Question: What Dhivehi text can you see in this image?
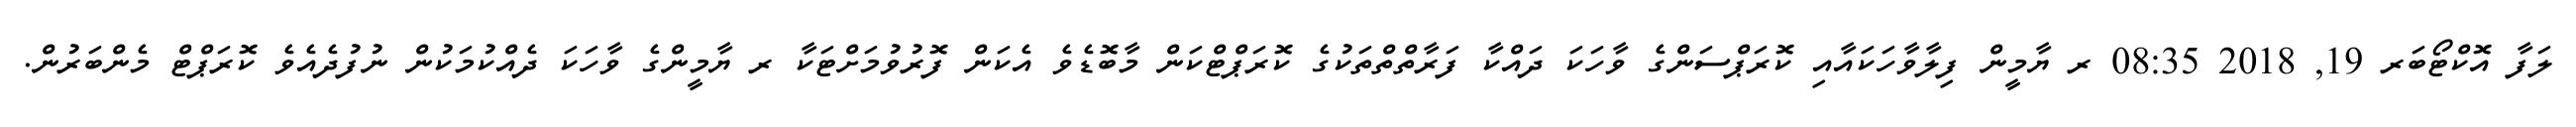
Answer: ލަފާ އޮކްޓޯބަރ 19, 2018 08:35 ރ ޔާމީން ފިލާވާހަކައާއި ކޮރަޕްސަންގެ ވާހަކަ ދައްކާ ފަރާތްތްތަކުގެ ކޮރަޕްޓްކަން މާބޮޑެވެ އެކަން ފޮރުވުމަށްޓަކާ ރ ޔާމީންގެ ވާހަކަ ދެއްކުމަކުން ނުފުދެއެވެ ކޮރަޕްޓް މެންބަރުން.